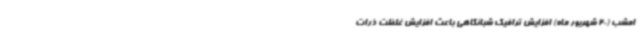
امشب (20 شهریور ماه) افزایش ترافیک شبانگاهی باعث افزایش غلظت ذرات